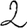
Digit: 2